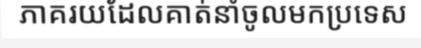
ភាគរយដែលគាត់នាំចូលមកប្រទេស